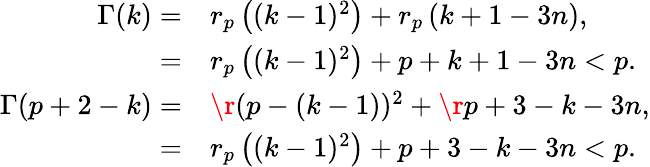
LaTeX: \begin{array}{rl}{\Gamma(k)=}&{r_{p}\left((k-1)^{2}\right)+r_{p}\left(k+1-3n\right),}\\ {=}&{r_{p}\left((k-1)^{2}\right)+p+k+1-3n<p.}\\ {\Gamma(p+2-k)=}&{\r{(p-(k-1))^{2}}+\r{p+3-k-3n},}\\ {=}&{r_{p}\left((k-1)^{2}\right)+p+3-k-3n<p.}\end{array}